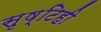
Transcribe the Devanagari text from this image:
सृष्टिही